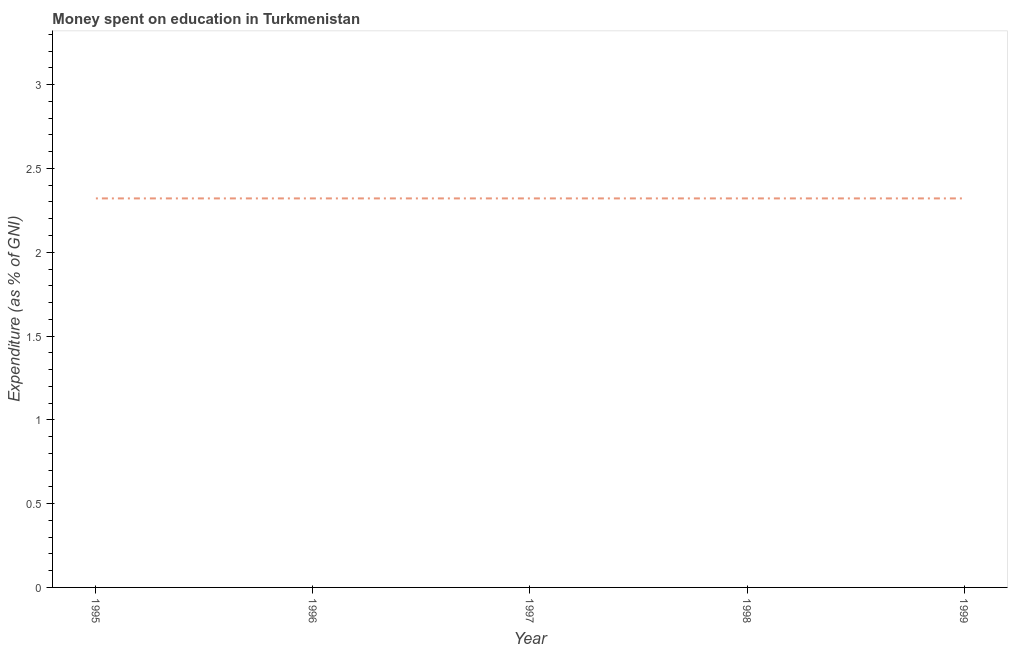
| Year | Education expenditure |
 | --- | --- |
 | 1995 | 2.32 |
 | 1996 | 2.32 |
 | 1997 | 2.32 |
 | 1998 | 2.32 |
 | 1999 | 2.32 |